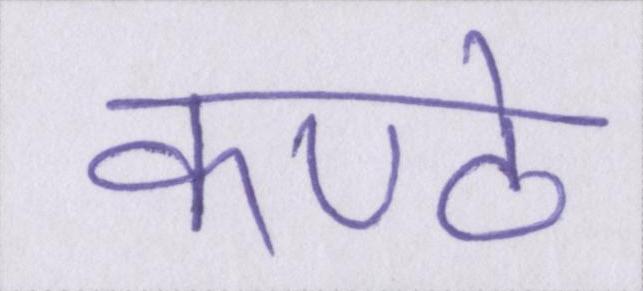
कण्ठे